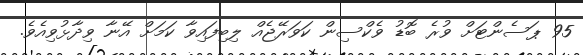
95 ޕަސެންޓަށް ވުރެ ބޮޑު ވެކްސިން ކަވަރޭޖެއް ލިބިފައިވާ ކަމަށް އޭނާ ވިދާޅުވިއެވެ.